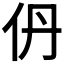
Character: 𫢌